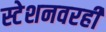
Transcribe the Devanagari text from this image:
स्टेशनवरही